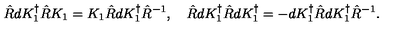
\hat { R } d K _ { 1 } ^ { \dagger } \hat { R } K _ { 1 } = K _ { 1 } \hat { R } d K _ { 1 } ^ { \dagger } \hat { R } ^ { - 1 } , \quad \hat { R } d K _ { 1 } ^ { \dagger } \hat { R } d K _ { 1 } ^ { \dagger } = - d K _ { 1 } ^ { \dagger } \hat { R } d K _ { 1 } ^ { \dagger } \hat { R } ^ { - 1 } .